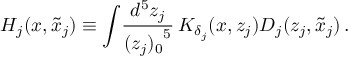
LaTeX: H _ { j } ( x , \tilde { x } _ { j } ) \equiv \int \! \frac { d ^ { 5 } z _ { j } } { { ( z _ { j } ) _ { 0 } } ^ { 5 } } \, K _ { \delta _ { j } } ( x , z _ { j } ) D _ { j } ( z _ { j } , \tilde { x } _ { j } ) \, .